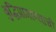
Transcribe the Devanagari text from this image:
बुद्धिप्रामाण्याची